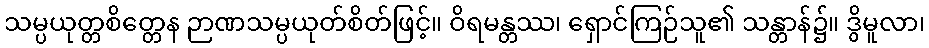
သမ္ပယုတ္တစိတ္တေန ဉာဏသမ္ပယုတ်စိတ်ဖြင့်။ ဝိရမန္တဿ၊ ရှောင်ကြဉ်သူ၏ သန္တာန်၌။ ဒွိမူလာ၊